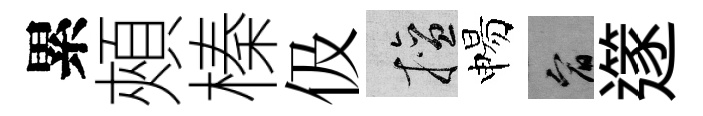
累頰榛伋擅惕宥𨗹